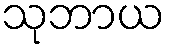
သုဘာယ